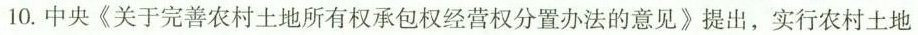
10.中央《关于完善农村土地所有权承包权经营权分置办法的意见》提出，实行农村土地